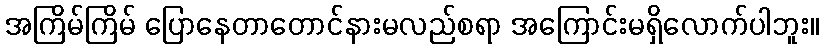
အကြိမ်ကြိမ် ပြောနေတာတောင်နားမလည်စရာ အကြောင်းမရှိလောက်ပါဘူး။